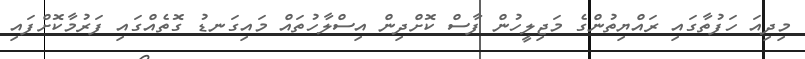
މިދިއަ ހަފުތާގައި ރައްޔިތުންގެ މަޖިލީހުން ފާސް ކޮށްދިން އިސްލާހުތައް މައިގަނޑު ގޮތެއްގައި ފަރުމާކޮށްފައި